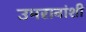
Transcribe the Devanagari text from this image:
उमरावांशी